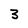
Character: 3